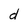
Character: d